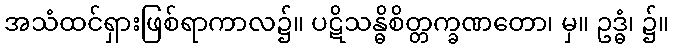
အသံထင်ရှားဖြစ်ရာကာလ၌။ ပဋိသန္ဓိစိတ္တက္ခဏတော၊ မှ။ ဥဒ္ဓံ၊ ၌။